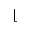
\lfloor